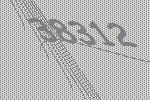
38312